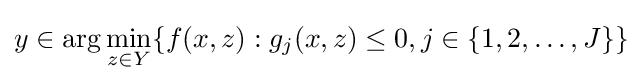
y\in \arg \min \limits _{z\in Y}\{f(x,z):g_{j}(x,z)\leq 0,j\in \{1,2,\ldots ,J\}\}